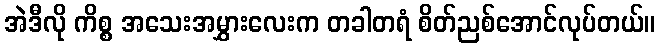
အဲဒီလို ကိစ္စ အသေးအမွှားလေးက တခါတရံ စိတ်ညစ်အောင်လုပ်တယ်။